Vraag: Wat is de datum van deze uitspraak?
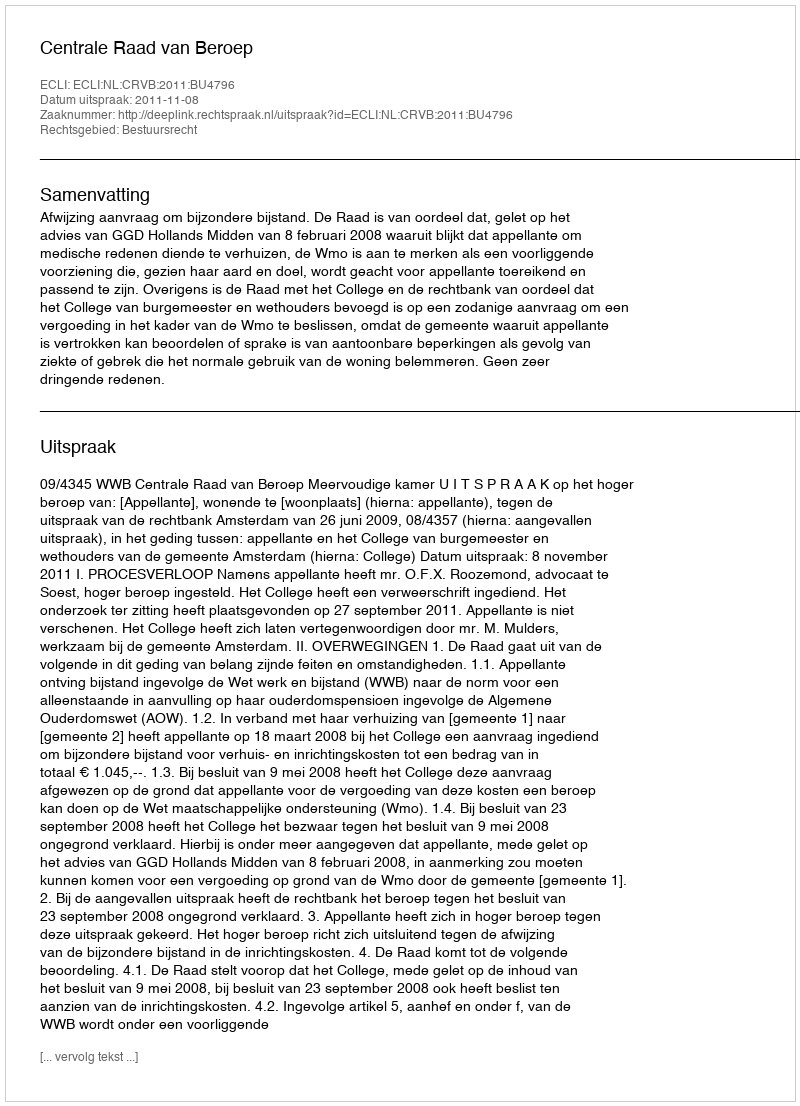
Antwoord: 2011-11-08